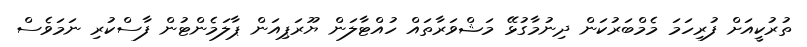
ތުރުކީއަށް ފުރިހަމަ މެމްބަރުކަން ދިނުމާގުޅޭ މަޝްވަރާތައް ހުއްޓާލަން ޔޫރަޕިއަން ޕާލަމެންޓުން ފާސްކުރި ނަމަވެސް